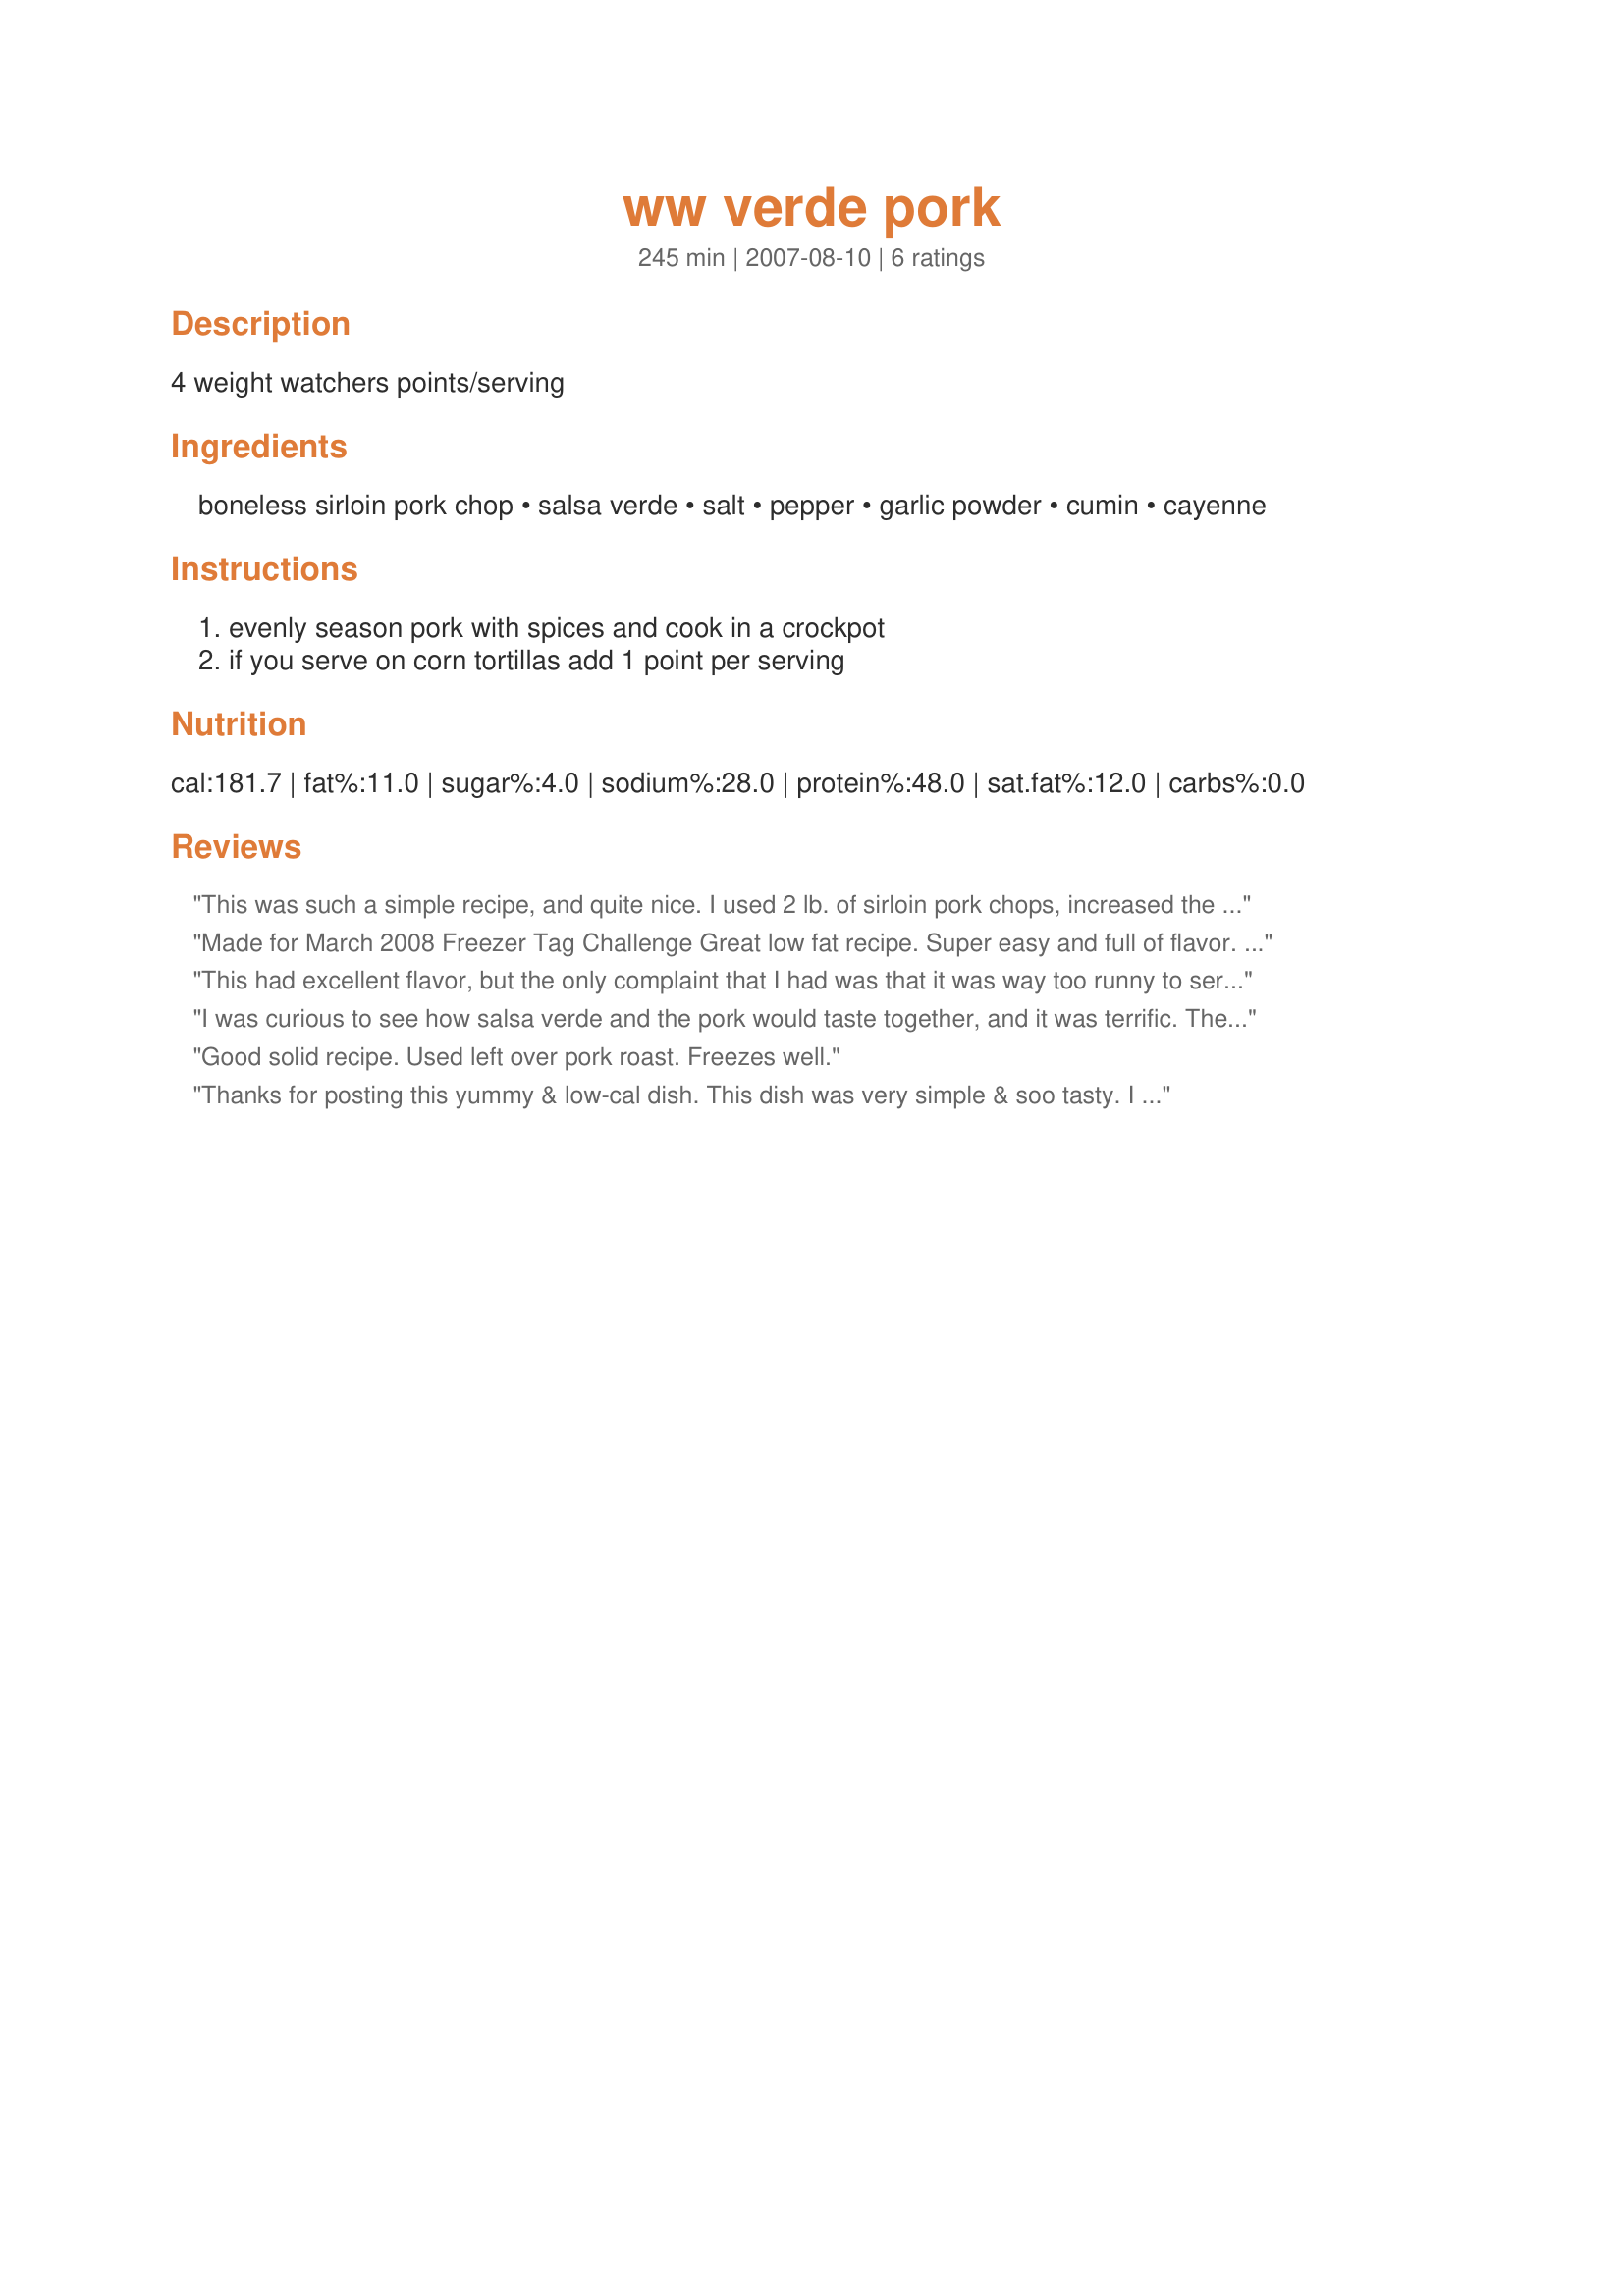
ww verde pork
Preparation time: 245 minutes

4 weight watchers points/serving

Ingredients:
boneless sirloin pork chop, salsa verde, salt, pepper, garlic powder, cumin, cayenne

Steps:
evenly season pork with spices and cook in a crockpot, if you serve on corn tortillas add 1 point per serving

Reviews:
This was such a simple recipe, and quite nice. I used 2 lb. of sirloin pork chops, increased the spices slightly, and stuck with one cup of salsa verde. I used a 4 qt. slow cooker. It took about 4.5 hours on low. I did find it to be too salty. I did not cube the meat. My kids shredded and wrapped in tortillas with some sour cream.
Made for March 2008 Freezer Tag Challenge
Great low fat recipe. Super easy and full of flavor. I did omit the salt, but only for preferance. If I were to make again I think I would leave the pork whole and shred after cooking. I cooked for about 3 hours on high.
To freeze: Mix pork and remaining ingredients in a zip-top bag. Freeze.
To serve: Thaw pork overnight. Add to crockpot and cook.
This had excellent flavor, but the only complaint that I had was that it was way too runny to serve on corn tortillas and I made it exactly as written. So I resuced it by adding a cup of instant brown rice to soak up all the excess liquid. The family really enjoyed it. Leftovers were turned into enchiladas for my lunch. Would definitely make this again and use it specifically for enchiladas. Thanks for posting this SuperSpike. Made for Zaar Cookbook Tag.
I was curious to see how salsa verde and the pork would taste together, and it was terrific. There was a lot of sauce left, so I put some over my rice. I cooked the chops whole for 8 hours on low in the crockpot and they came out so tender and falling-off-the-bone. Thanks for posting!
Good solid recipe. Used left over pork roast. Freezes well.
Thanks for posting this yummy & low-cal dish. This dish was very simple & soo tasty. I seasoned the chops with salt & pepper and seared them with 2 cloves of chopped garlic prior to adding to the sauce mix, I think the browning stops the crock dishes from having a "boiled" tasted. I followed all other directions, except I omitted the garlic powder. I shredded the meat & wrapped in tortillas with all the sides. This one is going in the recipe file for good!
